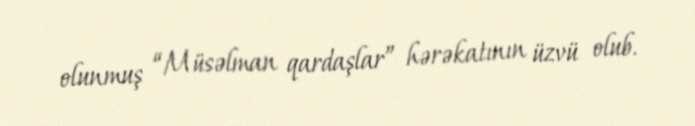
olunmuş “Müsəlman qardaşlar” hərəkatının üzvü olub.